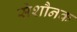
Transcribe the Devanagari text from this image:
सेशौनक